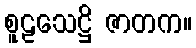
စူဠသေဋ္ဌိ ဇာတက။